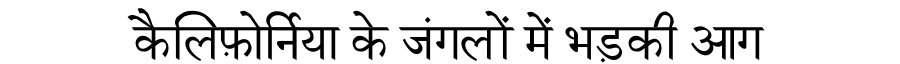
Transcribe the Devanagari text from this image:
कैलिफ़ोर्निया के जंगलों में भड़की आग